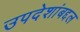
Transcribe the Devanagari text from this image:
उपदेशांबद्दल